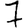
Digit: 7